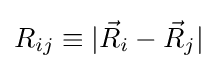
R_{ij}\equiv |{\vec {R}}_{i}-{\vec {R}}_{j}|